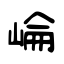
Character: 崘